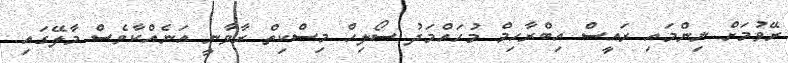
ރޭވުމަށް ނިންމައި ރައީސް އިބްރާހިމް މުހައްމަދު ސޯލިހް މިސްކިތް ރާވާނީ އަނެއްކާވެސް މާލޭގައި